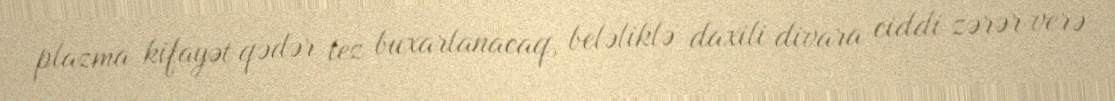
plazma kifayət qədər tez buxarlanacaq, beləliklə daxili divara ciddi zərər verə